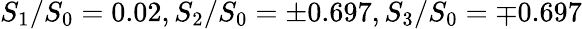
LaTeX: S_{1}/S_{0}=0.02,S_{2}/S_{0}=\pm 0.697,S_{3}/S_{0}=\mp 0.697